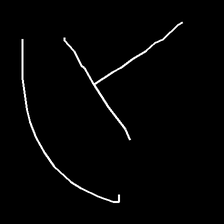
Glyph: dispersion